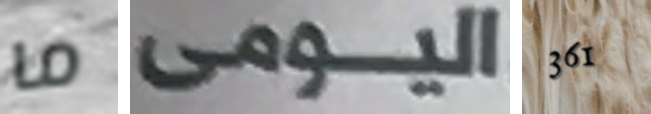
ما اليومى 361